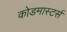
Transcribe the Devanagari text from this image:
कोडमास्टर्स